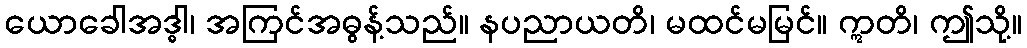
ယောခေါအဒ္ဓါ၊ အကြင်အဓွန့်သည်။ နပညာယတိ၊ မထင်မမြင်။ ဣတိ၊ ဤသို့။